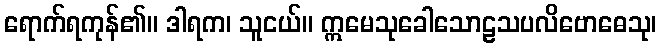
ရောက်ရကုန်၏။ ဒါရက၊ သူငယ်။ ဣမေသုခေါသောဠသပလိဗောဓေသု၊